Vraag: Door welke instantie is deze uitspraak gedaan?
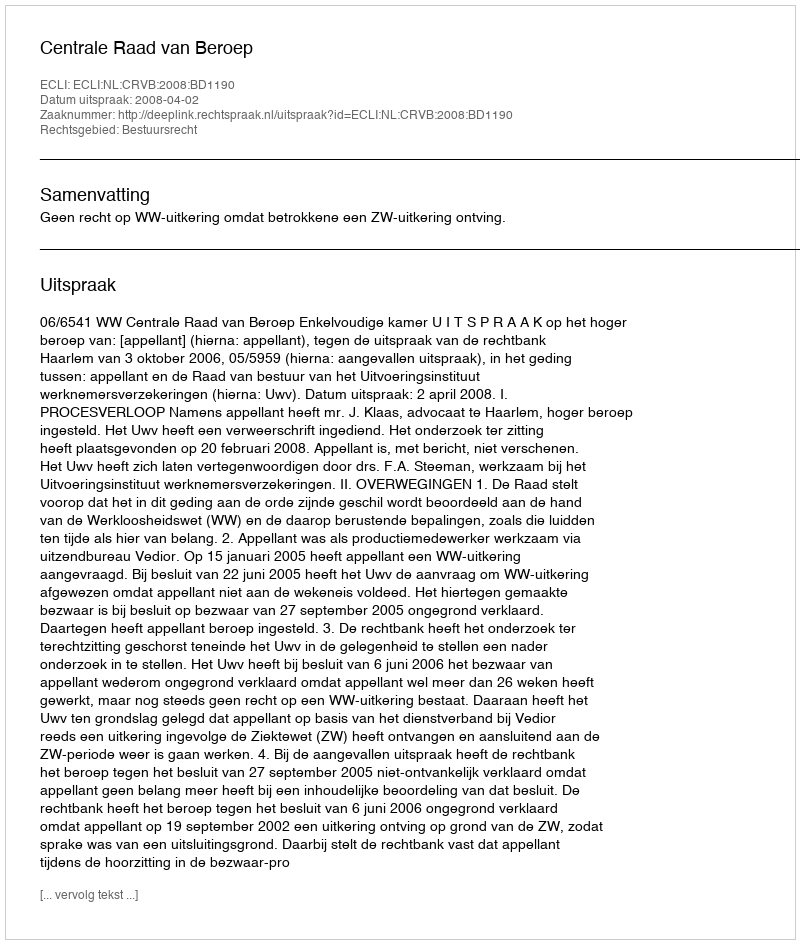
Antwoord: Centrale Raad van Beroep